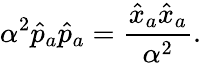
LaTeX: \alpha^{2}\hat{p}_{a}\hat{p}_{a}=\frac{\hat{x}_{a}\hat{x}_{a}}{\alpha^{2}}.